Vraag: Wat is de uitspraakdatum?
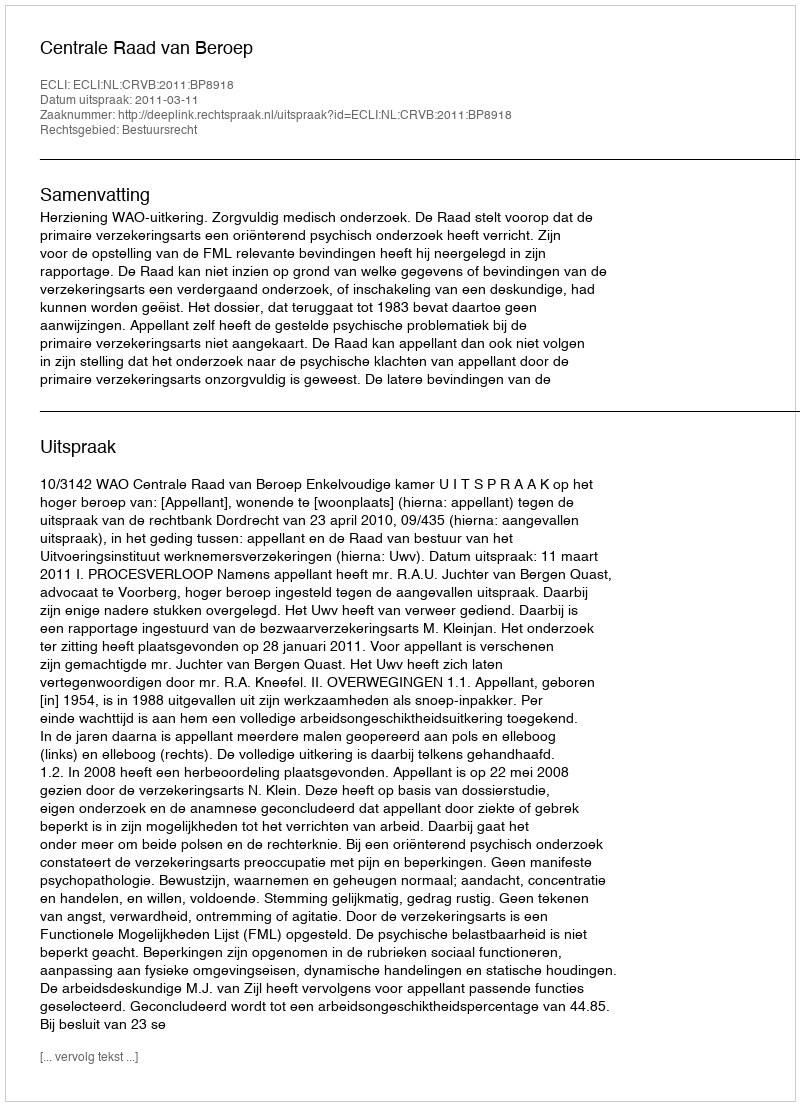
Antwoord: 2011-03-11